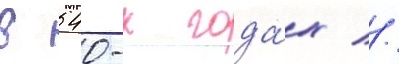
в 540-х года́х //